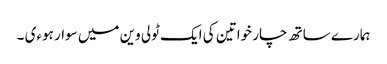
ہمارے ساتھ چار خواتین کی ایک ٹولی وین میں سوار ہوءی ۔